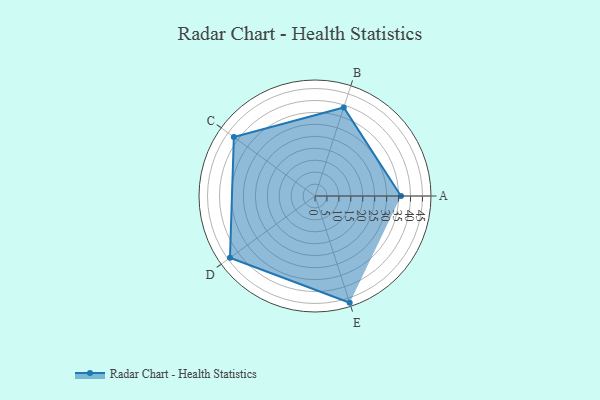
{"axis": {"x": "Skill", "y": "Score"}, "legend": ["Profile"], "data": [{"x": "A", "y": 36.0, "type": "Profile"}, {"x": "B", "y": 39.0, "type": "Profile"}, {"x": "C", "y": 42.0, "type": "Profile"}, {"x": "D", "y": 44.0, "type": "Profile"}, {"x": "E", "y": 47.0, "type": "Profile"}]}